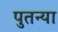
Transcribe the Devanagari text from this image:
पुतन्या